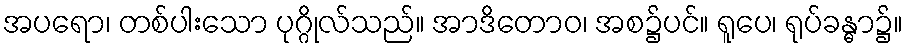
အပရော၊ တစ်ပါးသော ပုဂ္ဂိုလ်သည်။ အာဒိတောဝ၊ အစ၌ပင်။ ရူပေ၊ ရုပ်ခန္ဓာ၌။